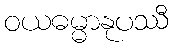
ဝယဓမ္မာနုပဿီ